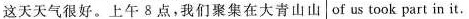
这天天气很好。上午 8点，我们聚集在大青山山 of us took part in it.